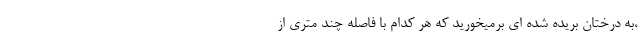
،به درختان بریده شده ای برمیخورید که هر کدام با فاصله چند متری از